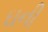
ઘની